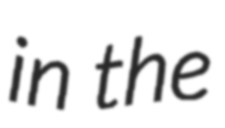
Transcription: in the